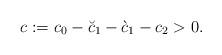
LaTeX: \begin{align*}c := c_0 - \breve{c}_1 -\grave{c}_1 - c_2 > 0.\end{align*}